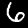
Digit: 6